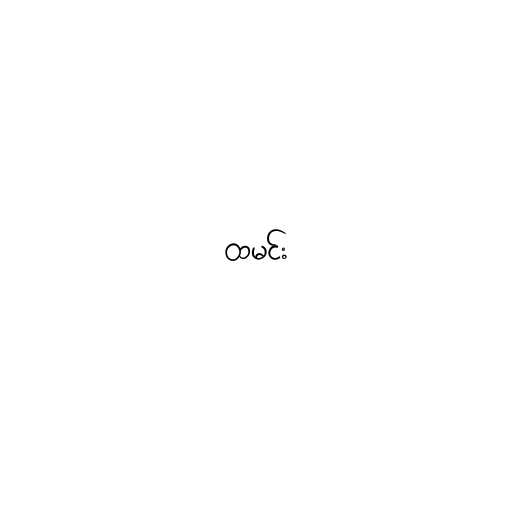
ထမင်း